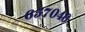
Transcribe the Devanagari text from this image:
६५७०४६